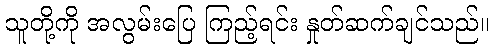
သူတို့ကို အလွမ်းပြေ ကြည့်ရင်း နှုတ်ဆက်ချင်သည်။